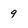
Character: 9